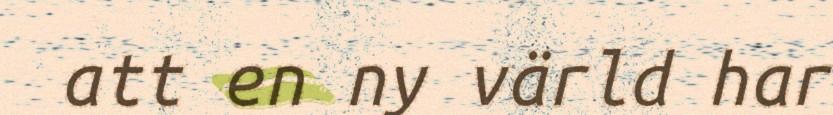
att en ny värld har